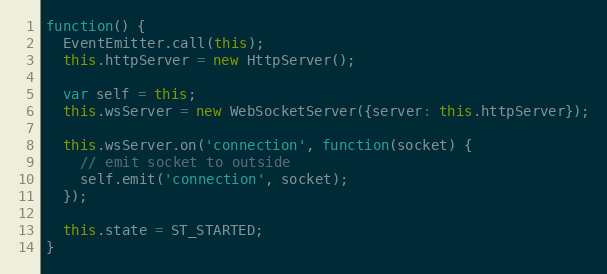
Language: JavaScript
function() {
  EventEmitter.call(this);
  this.httpServer = new HttpServer();

  var self = this;
  this.wsServer = new WebSocketServer({server: this.httpServer});

  this.wsServer.on('connection', function(socket) {
    // emit socket to outside
    self.emit('connection', socket);
  });

  this.state = ST_STARTED;
}